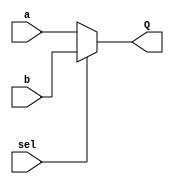
// day 1 design a simple mux 8*3


module Day1_mux (Q, a,b,sel);

input [7:0] a,b;
input  sel;
output [7:0] Q;

assign Q = sel ? b : a;

endmodule